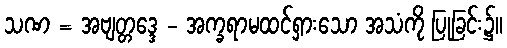
သဏ = အဗျတ္တဒ္ဒေ - အက္ခရာမထင်ရှားသော အသံကို ပြုခြင်း၌။